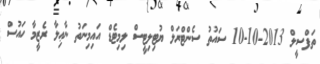
ތަފްސީލް 2013-10-10 ސައުތު ސެންޓްރަލް ޔުޓިލިޓީސް ލިމިޓެޑް އައިމިނަތު ނާޢިލާ ރެޒީމާ ހައުސް